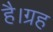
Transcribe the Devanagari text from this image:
है।ग्रह